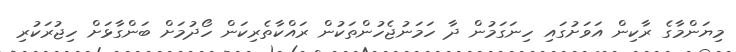
މިޔަންމާގެ ރާކިން އަވަށުގައި ހިނަގަމުން ދާ ހަމަނުޖެހުންތަކުން ރައްކާތެރިކަން ހޯދުމަށް ބަންގާޅަށް ހިޖުރަކުރި